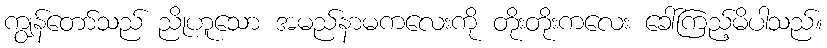
ကျွန်တော်သည် ညိုဟူသော အမည်နာမကလေးကို တိုးတိုးကလေး ခေါ်ကြည့်မိပါသည်။